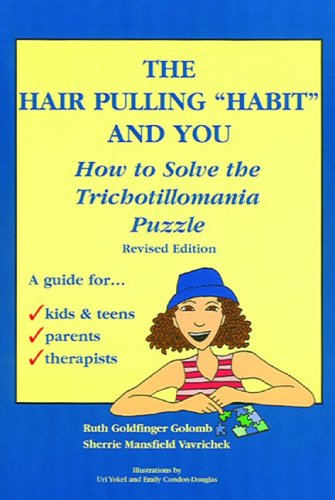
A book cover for The Hair Pulling "Habit" and You: How to Solve the Trichotillomania Puzzle, Revised Edition; Ruth Goldfinger Golomb; Health, Fitness & Dieting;